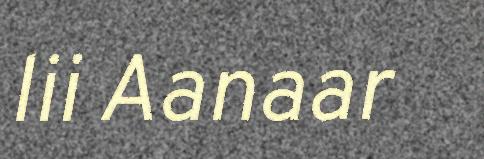
lii Aanaar